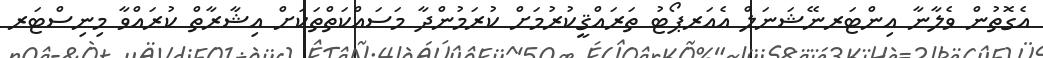
އެގޮތުން ވެލާނާ އިންޓަރނޭޝަނަލް އެއަރޕޯޓު ތަރައްޤީކުރުމަށް ކުރަމުންދާ މަސައްކަތްތަކަށް އިޝާރާތް ކުރައްވާ މިނިސްޓަރ